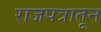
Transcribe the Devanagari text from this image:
राजपत्रातून